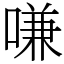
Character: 嗛